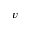
v